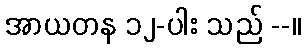
အာယတန ၁၂-ပါး သည် --။